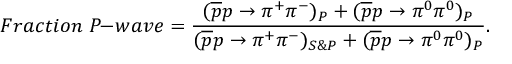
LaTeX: F r a c t i o n \; P \! \! - \! w a v e = { \frac { ( \overline { { { p } } } p \rightarrow \pi ^ { + } \pi ^ { - } ) _ { P } + ( \overline { { { p } } } p \rightarrow \pi ^ { 0 } \pi ^ { 0 } ) _ { P } } { ( \overline { { { p } } } p \rightarrow \pi ^ { + } \pi ^ { - } ) _ { S \& P } + ( \overline { { { p } } } p \rightarrow \pi ^ { 0 } \pi ^ { 0 } ) _ { P } } } .